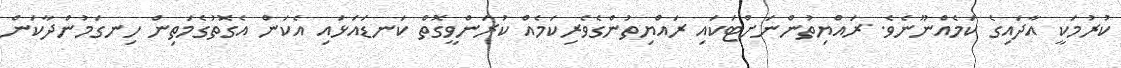
ކުރުމަކީ އާދައިގެ ކަމެއްނޫނެވެ. ރައްޔިތުންނަށްޓަކައި ރައްޔިތުންގެވެރިކަމެއް ކުރަންވީގޮތް ކަނޑައަޅައި އެކަން އެގޮތުގެމަތިން ހިނގަމުންދާކަން